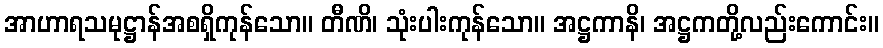
အာဟာရသမုဋ္ဌာန်အစရှိကုန်သော။ တီဏိ၊ သုံးပါးကုန်သော။ အဋ္ဌကာနိ၊ အဋ္ဌကတို့လည်းကောင်း။